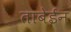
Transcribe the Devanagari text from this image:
ताबेईन